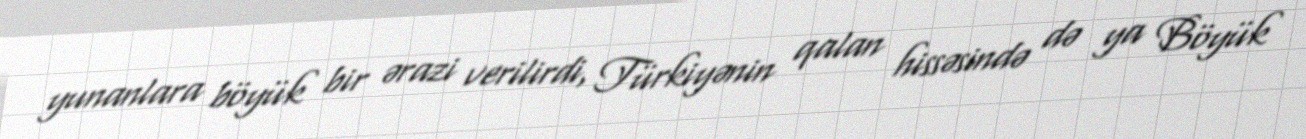
yunanlara böyük bir ərazi verilirdi, Türkiyənin qalan hissəsində də ya Böyük